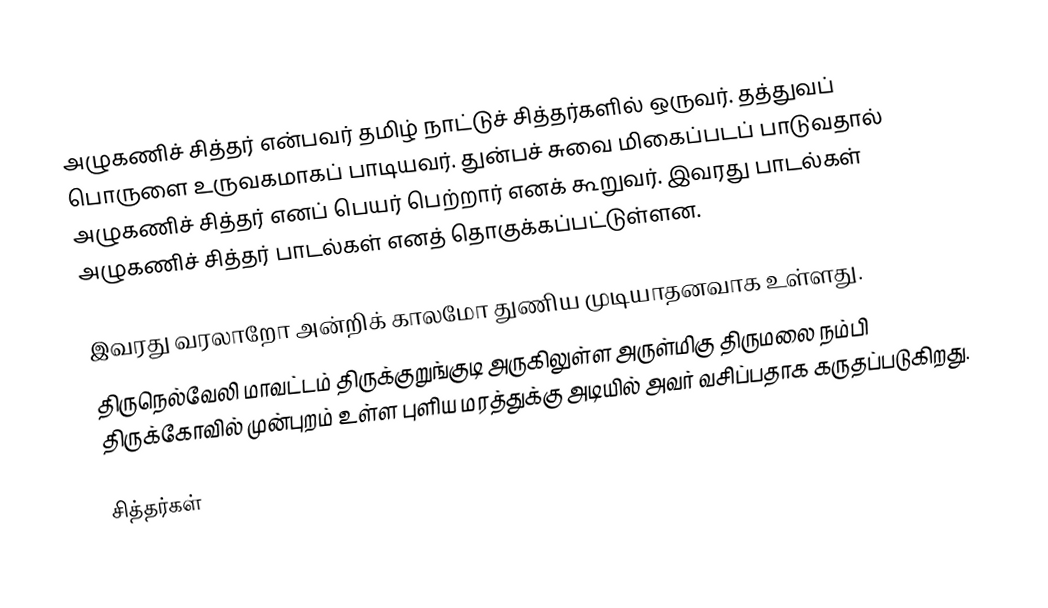
அழுகணிச் சித்தர் என்பவர் தமிழ் நாட்டுச் சித்தர்களில் ஒருவர். தத்துவப் பொருளை உருவகமாகப் பாடியவர். துன்பச் சுவை மிகைப்படப் பாடுவதால் அழுகணிச் சித்தர் எனப் பெயர் பெற்றார் எனக் கூறுவர். இவரது பாடல்கள் அழுகணிச் சித்தர் பாடல்கள் எனத் தொகுக்கப்பட்டுள்ளன.

இவரது வரலாறோ அன்றிக் காலமோ துணிய முடியாதனவாக உள்ளது.
திருநெல்வேலி மாவட்டம் திருக்குறுங்குடி அருகிலுள்ள அருள்மிகு திருமலை நம்பி திருக்கோவில் முன்புறம் உள்ள புளிய மரத்துக்கு அடியில் அவர் வசிப்பதாக கருதப்படுகிறது.

சித்தர்கள்